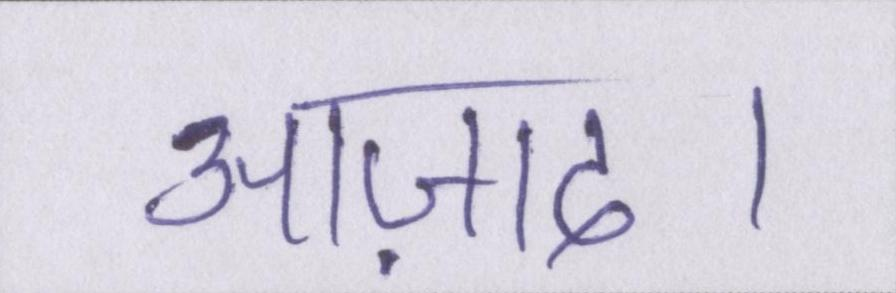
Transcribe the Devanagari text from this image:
आज़ाद।